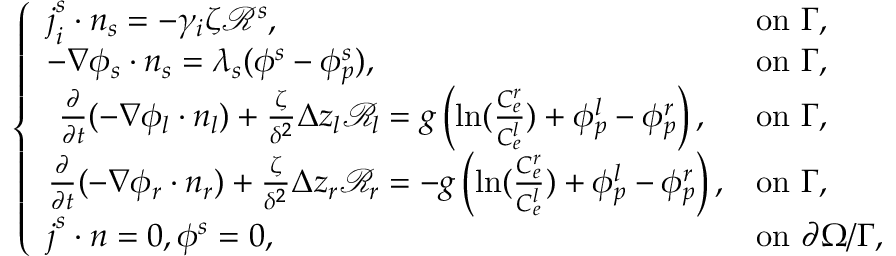
\left\{ \begin{array} { l l } { \boldsymbol { j } _ { i } ^ { s } \cdot \boldsymbol { n } _ { s } = - \gamma _ { i } \zeta \mathcal { R } ^ { s } , } & { \mathrm { o n ~ } \Gamma , } \\ { - \nabla \phi _ { s } \cdot \boldsymbol { n } _ { s } = \lambda _ { s } ( \phi ^ { s } - \phi _ { p } ^ { s } ) , } & { \mathrm { o n ~ } \Gamma , } \\ { ~ \frac { \partial } { \partial t } ( - \nabla \phi _ { l } \cdot \boldsymbol { n _ { l } } ) + \frac { \zeta } { \delta ^ { 2 } } \Delta z _ { l } \mathcal { R } _ { l } = g \left( \ln ( \frac { C _ { e } ^ { r } } { C _ { e } ^ { l } } ) + \phi _ { p } ^ { l } - \phi _ { p } ^ { r } \right) , } & { \mathrm { o n ~ } \Gamma , } \\ { \frac { \partial } { \partial t } ( - \nabla \phi _ { r } \cdot \boldsymbol { n _ { r } } ) + \frac { \zeta } { \delta ^ { 2 } } \Delta z _ { r } \mathcal { R } _ { r } = - g \left( \ln ( \frac { C _ { e } ^ { r } } { C _ { e } ^ { l } } ) + \phi _ { p } ^ { l } - \phi _ { p } ^ { r } \right) , } & { \mathrm { o n ~ } \Gamma , } \\ { \boldsymbol { j } ^ { s } \cdot \boldsymbol { n } = 0 , \phi ^ { s } = 0 , } & { \mathrm { o n ~ } \partial \Omega / \Gamma , } \end{array} \right.